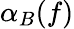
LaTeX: \alpha_{B}(f)